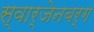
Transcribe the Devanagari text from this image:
स्वार्जेनबर्ग